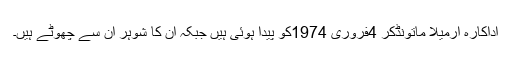
اداکارہ ارمیلا ماتونڈکر 4فروری 1974کو پیدا ہوئی ہیں جبکہ ان کا شوہر ان سے چھوٹے ہیں۔